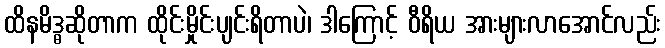
ထိနမိဒ္ဓဆိုတာက ထိုင်းမှိုင်းပျင်းရိတာပဲ၊ ဒါကြောင့် ဝီရိယ အားများလာအောင်လည်း